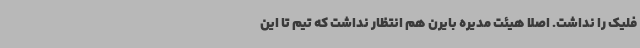
فلیک را نداشت. اصلا هیئت مدیره بایرن هم انتظار نداشت که تیم تا این